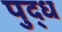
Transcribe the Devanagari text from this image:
पुद्ध